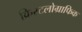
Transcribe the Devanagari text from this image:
क्रिस्टलोग्राफिक